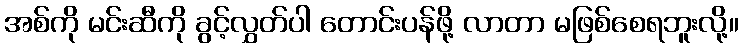
အစ်ကို မင်းဆီကို ခွင့်လွှတ်ပါ တောင်းပန်ဖို့ လာတာ မဖြစ်စေရဘူးလို့။